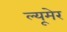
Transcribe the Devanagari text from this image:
ल्यूमेर